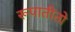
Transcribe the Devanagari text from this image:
रूपातीतो